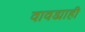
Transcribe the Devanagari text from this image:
वावड्याही